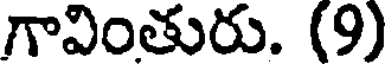
గావింతురు. (9)